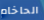
الحاخام